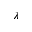
\lambda